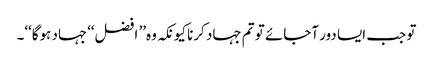
تو جب ایسا دور آجائے تو تم جہاد کرنا کیونکہ وہ’’ افضل‘‘جہاد ہوگا‘‘۔